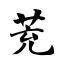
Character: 茺